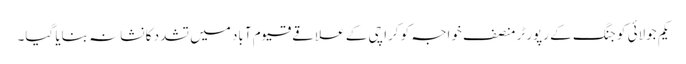
یکم جولائی کو جنگ کے رپورٹر منصف خواجہ کو کراچی کے علاقے قیوم آباد میں تشدد کا نشانہ بنایا گیا۔